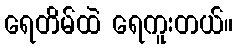
ရေတိမ်ထဲ ရေကူးတယ်။